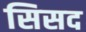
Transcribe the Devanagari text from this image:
सिसद